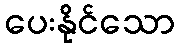
ပေးနိုင်သော